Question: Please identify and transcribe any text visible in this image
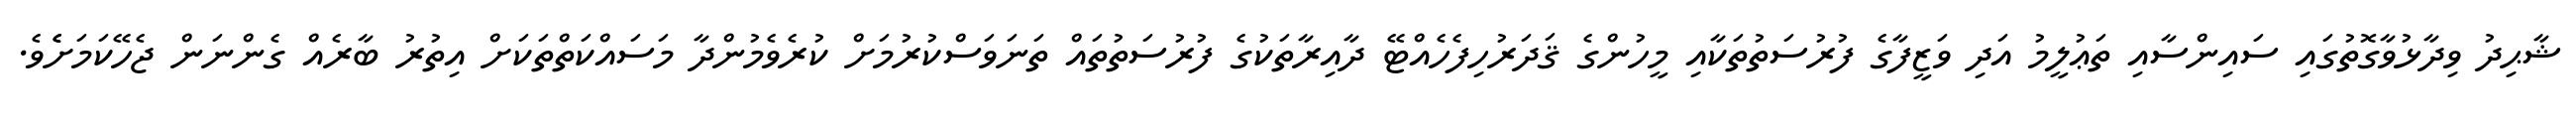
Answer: ޝާޙިދު ވިދާޅުވާގޮތުގައި ސައިންސާއި ތަޢުލީމު އަދި ވަޒީފާގެ ފުރުސަތުތަކާއި މީހުންގެ ޤަދަރުހިފެހެއްޓޭ ދާއިރާތަކުގެ ފުރުސަތުތައް ތަނަވަސްކުރުމަށް ކުރެވެމުންދާ މަސައްކަތްތަކަށް އިތުރު ބާރެއް ގެންނަން ޖެހޭކަމަށެެވެ.